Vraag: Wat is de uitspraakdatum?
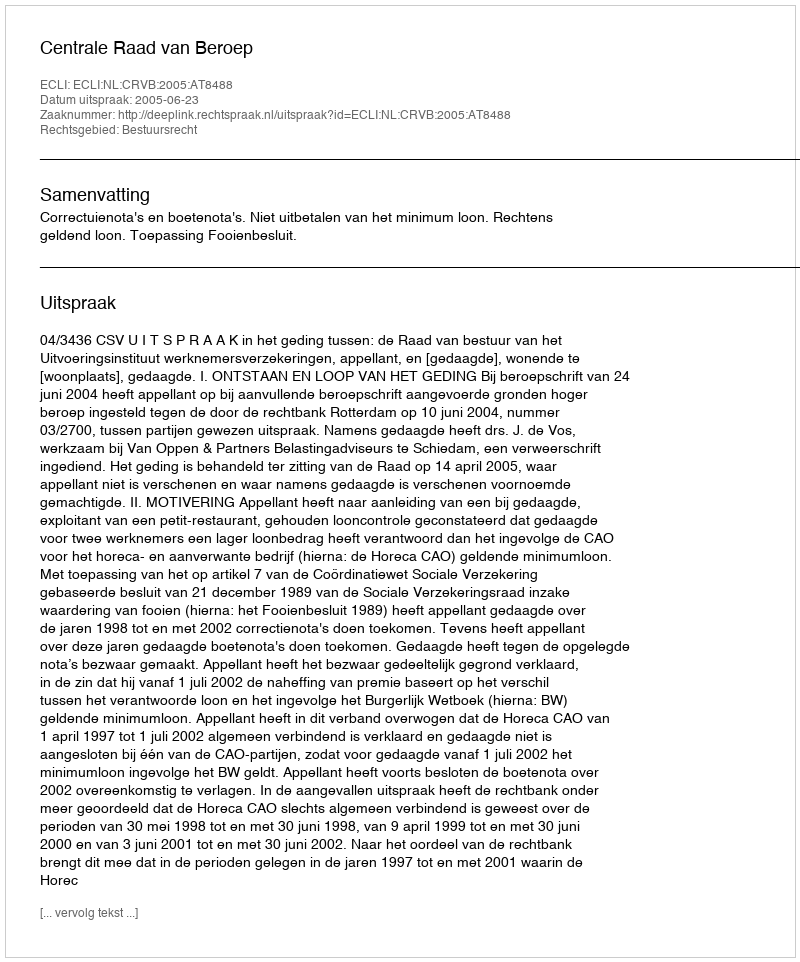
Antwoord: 2005-06-23